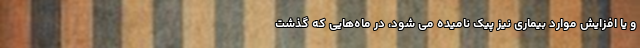
و یا افزایش موارد بیماری نیز پیک نامیده می شود، در ماه‌هایی که گذشت